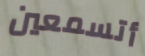
أتسمعين